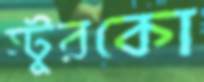
স্টুরকো